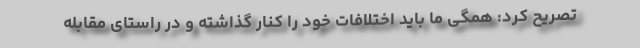
تصریح کرد: همگی ما باید اختلافات خود را کنار گذاشته و در راستای مقابله